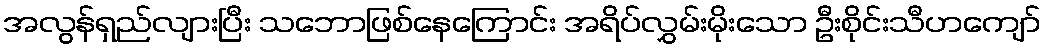
အလွန်ရှည်လျားပြီး သဘောဖြစ်နေကြောင်း အရိပ်လွှမ်းမိုးသော ဦးစိုင်းသီဟကျော်